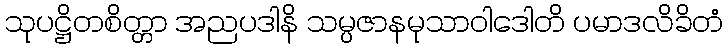
သုပဋ္ဌိတစိတ္တာ အညပဒါနိ သမ္ပဇာနမုသာဝါဒေါတိ ပမာဒလိခိတံ